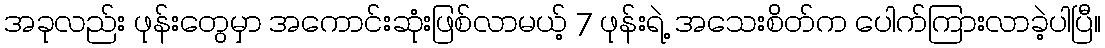
အခုလည်း ဖုန်းတွေမှာ အကောင်းဆုံးဖြစ်လာမယ့် 7 ဖုန်းရဲ့ အသေးစိတ်က ပေါက်ကြားလာခဲ့ပါပြီ။